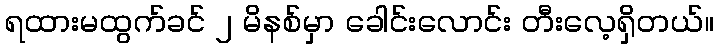
ရထားမထွက်ခင် ၂ မိနစ်မှာ ခေါင်းလောင်း တီးလေ့ရှိတယ်။